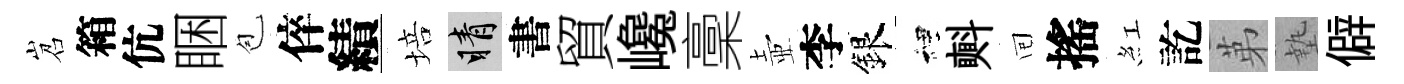
岧箱伉睏苞倅績培睛書貿巉稾壺李銀裡㪺囘搖紅訖苐墊僻